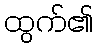
ထွက်၏